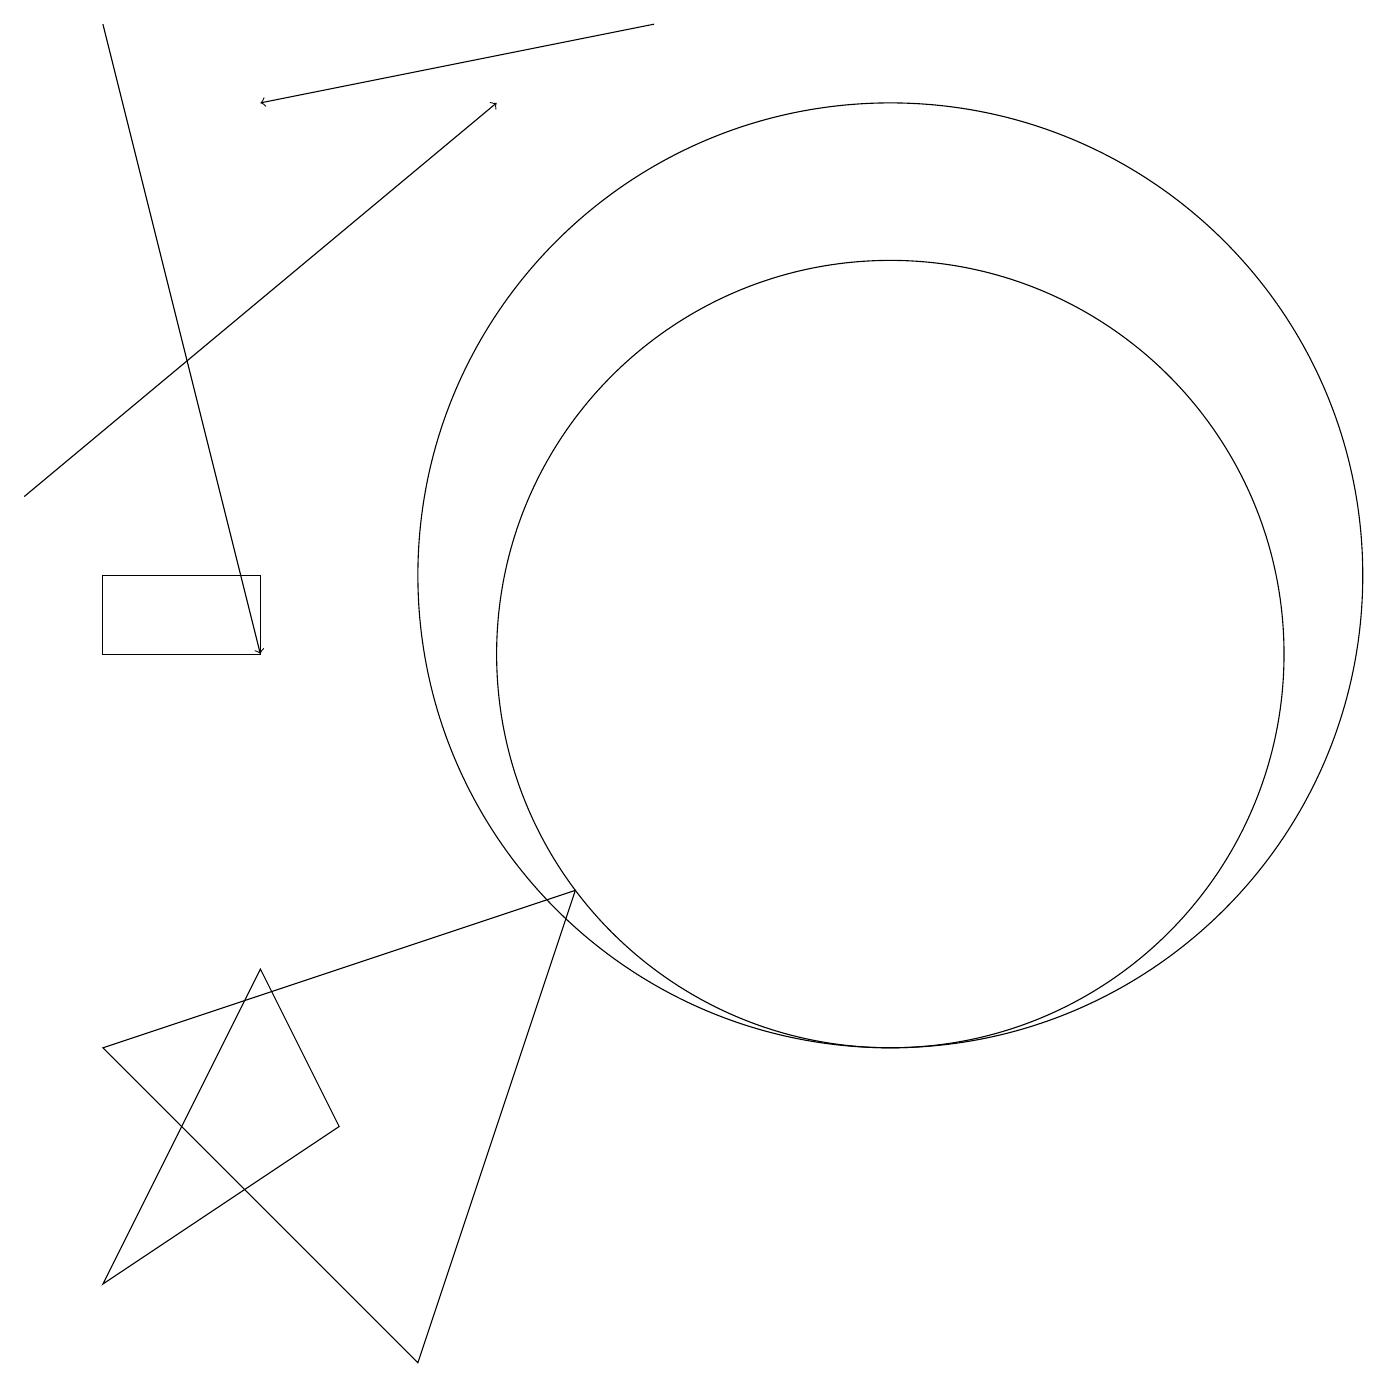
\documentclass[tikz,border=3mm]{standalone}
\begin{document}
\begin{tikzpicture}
\draw (11,10) circle (5);
\draw (5,1) -- (1,5) -- (7,7) -- cycle;
\draw (3,11) rectangle (1,10);
\draw[->] (0,12) -- (6,17);
\draw[->] (1,18) -- (3,10);
\draw[->] (8,18) -- (3,17);
\draw (4,4) -- (1,2) -- (3,6) -- cycle;
\draw (11,11) circle (6);
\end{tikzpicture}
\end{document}